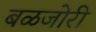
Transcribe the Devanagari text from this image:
बळजोरी